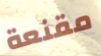
مقنعة